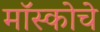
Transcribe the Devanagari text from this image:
मॉस्कोचे